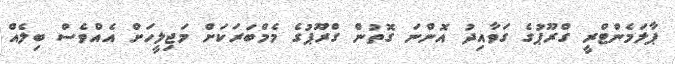
ޕާލަމެންޓްރީ ގްރޫޕުގެ ގަވާއިދު އޮންނަ ގޮތުން ގްރޫޕުގެ މެމްބަރަކަށް މަޖިލީހަށް އެއްވެސް ބިލެއް